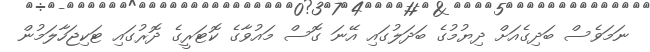
ނަމަވެސް ބަދިގެއަށް ދިޔުމުގެ ބަދަލުގައި އޭނަ ގޮސް މައުވާގެ ކޮޓަރީގެ ދޮރުގައި ޓަކިޖަހާލަމުން